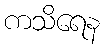
ကသိရေန